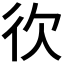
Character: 𢓑